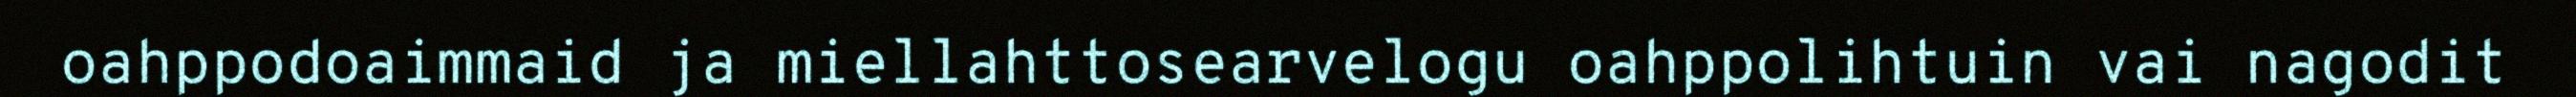
oahppodoaimmaid ja miellahttosearvelogu oahppolihtuin vai nagodit